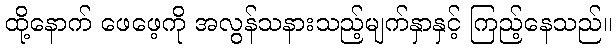
ထို့နောက် ဖေဖေ့ကို အလွန်သနားသည့်မျက်နှာနှင့် ကြည့်နေသည်။